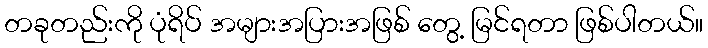
တခုတည်းကို ပုံရိပ် အများအပြားအဖြစ် တွေ့ မြင်ရတာ ဖြစ်ပါတယ်။